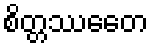
စိတ္တဿေတေ